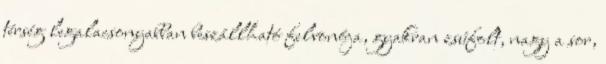
térség legalacsonyabban beszállható felvonója, gyakran zsúfolt, nagy a sor,